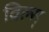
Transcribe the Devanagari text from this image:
विल्स्